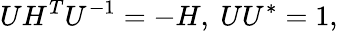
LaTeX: UH^{T}U^{-1}=-H,\ UU^{*}=1,